Report on sanitation, dispensaries, and jails in Rajputana for 1912, and on vaccination for the year 1912-1913 - 1912-1913
Year: 1912
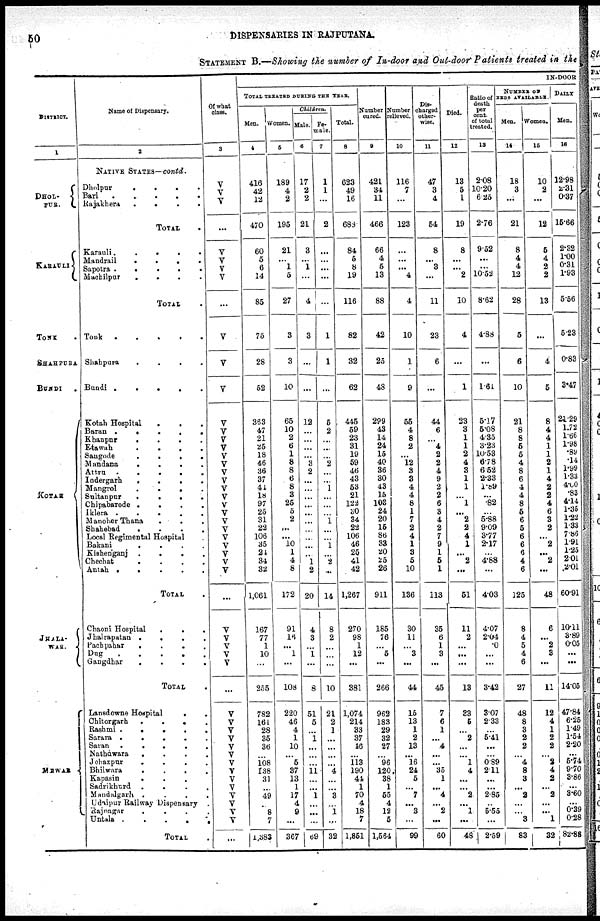
50
DISPENSARIES IN RAJPUTANA.
STATEMENT B.—Showing the number of In-door and Out-door Patients treated in the
DISTRICT.
1
DHOL-
PUR.
KARALI
TONK .
SHAHPURA
BUNDI .
KOTAH
JHALA-
WAR.
MEWAR
Name of Dispensary.
2
NATIVE STATES—contd.
Dholpur . . .
Bari . . .
Rajakhera . . .
TOTAL .
Karauli
.
.
.
.
Mandrail
.
.
.
.
Sapotra
.
.
.
.
.
Machilpur
.
.
.
.
.
TOTAL . . . .
Tonk
.
.
.
.
Shahpura
.
.
.
.
Bundi
.
.
.
.
.
Kotah Hospital . . . . .
Baran
.
.
.
.
.
Khanpur
.
.
.
.
.
Etawah
.
.
.
.
.
Sangode
.
.
.
.
.
Mandana . . . .
Attru
.
.
.
.
Indergarh
.
.
.
.
.
Mangrol
.
.
.
.
.
Sultanpur
.
.
.
.
Chipabarode
.
.
.
.
.
Iklera.
.
.
.
.
.
Manoher Thana . . . . .
Shahebad
.
.
.
.
.
.
Local Regimental Hospital .
Bakani
.
.
.
.
.
Kishenganj . . . .
Chechat
.
.
.
.
.
Antah
.
.
.
.
.
TOTAL .
Chaoni Hospital
.
.
.
.
Jhalrapatan
.
.
.
.
.
Pachpahar . . . .
Dug
.
.
.
.
Gangdhar
.
.
.
.
TOTAL .
Lansdowne Hospital . .
Chitorgarh
.
.
.
.
.
Rashmi
.
.
.
.
.
Sarara
.
.
.
.
Saran
.
.
.
.
.
Nathdwara
.
.
.
.
Jehazpur
.
.
.
.
Bhilwara
.
.
.
.
Kapasin . . . . .
Sadrikhurd
.
.
.
.
.
Mandnlgarh
.
.
.
.
Udaipur Railway Dispensary .
Rajnagar
.
.
.
.
.
Untala
.
.
.
.
TOTAL .
Of what
class.
3
V
V
V
...
V
V
V
V
...
V
V
V
V
V
V
V
V
V
V
V
V
V
V
V
V
V
V
V
V
V
V
...
V
V
V
V
V
...
V
V
V
V
V
V
V
V
V
V
V
V
V
V
...
IN-DOOR
TOTAL TREATED DURING THE YEAR.
Men.
4
416
42
12
470
60
5
6
14
85
75
28
52
363
47
21
25
18
46
36
37
44
18
97
25
31
22
106
35
24
34
32
1,061
167
77
1
10
...
255
782
161
28
35
36
...
108
138
31 ...
49
.
8
7
1,383
Women.
5
189
4
2
195
21
...
1
5
27
3
3
10
65
10
2
6
1
8
8
6
8
3
25
5
2
...
...
10
1
4
8
172
91
16
...
1
...
108
220
46
4
1
10
...
5
37
13
1
17
4
9
...
367
Children.
Male.
6
17
2
2
21
3
...
1
...
4
3
...
...
12
...
...
...
...
3
2
...
...
...
...
...
...
...
...
...
...
1
2
20
4
3
...
1
...
8
51
5
...
1
... ...
...
11
... ...
1
...
...
...
63
Fe-
male.
7
1
1
...
2
...
...
...
...
...
1
1
...
5
2
...
...
...
2
...
...
1
...
...
...
1
...
...
1
...
2
...
14
8
2
...
...
...
10
21
2
1
...
... ...
...
4
... ...
3
...
1
...
32
Total.
8
623
49
16
688
84
5
8
19
116
82
32
62
445
59
23
31
19
59
46
43
53
21
122
30
34
22
106
46
25
41
42
1,267
270
98
1
12
...
381
1,074
214
33
37
16
...
113
190
44
1
70
4
18
7
1,851
Number
cured.
9
421
34
11
466
66
4
5
13
88
42
25
48
299
43
14
24
15
40
36
30
43
15
103
24
20
15
86
33
20
25
26
911
185
76
...
5
...
266
962
183
29
32
27
...
96
120
38
1
55
4
12
5
1,564
Number
relieved.
10
116
7
...
123
...
...
...
4
4
10
1
9
55
4
8
2
...
12
3
3
4
4
8
1
7
2
4
1
3
5
10
136
30
11
...
3
...
44
15
13
1
2
13
...
16
24
5 ...
7
...
3
...
99
Dis-
charged
other-
wise.
11
47
3
4
54
8
...
3
...
11
23
6
...
44
6
...
4
2
2
4
9
2
2
6
3
4
2
7
9
1
5
1
113
35
6
1
3
...
45
7
6
1
...
4
...
...
35
1 ...
4
...
2
...
60
Died.
12
13
5
1
19
8
...
...
2
10
4
...
1
23
3
1
1
2
4
3
1
1
...
1
...
2
2
4
1
...
2
...
51
11
2
...
...
...
13
33
5
...
2
...
...
1
4
... ...
2
...
1
...
48
Ratio of
death
per
cent.
of total
treated.
13
2.08
10.20
6.25
2.76
9.52
...
...
10.52
8.62
4.88
...
1.61
5.17
5.08
4.35
3.23
10.53
6.78
6.52
2.33
1.89
...
.82
...
5.88
9.09
3.77
2.17
...
4.88
...
4.03
4.07
2.04
.0
...
...
3.42
3.07
2.33
...
5.41
... ...
0.89
2.11
... ...
2.85
...
5.55
...
2.59
NUMBER OF
BEDS AVAILABLE.
Men.
14
18
3
...
21
8
4
4
12
28
5
6
10
21
8
8
5
5
4
8
6
4
4
8
5
6
5
6
6
6
4
6
125
8
4
5
4
6
27
48
8
3
2
2 ...
4
8
3 ...
2
...
...
3
83
Women.
15
10
2
...
12
5
4
2
2
13
...
4
5
8
4
4
1
1
2
1
4
2
2
4
6
3
2
...
2
...
2
...
48
6
...
2
3
...
11
12
4
1
2
2
2
2
4
2 ...
2
...
...
1
32
DAILY
Men.
16
12.98
2.31
0.37
15.66
2.32
1.00
0.31
1.93
5.56
5.23
0.83
3.47
21.29
1.72
1.66
1.98
.89
.14
1.99
1.33
4.00
.83
4.14
1.35
1.22
1.33
7.86
1.91
1.25
2.01
2.01
60.91
10.11
3.89
0.05
...
...
14.05
47.84
6.25
1.49
1.54
2.20
...
5.74
9.70
3.86 ...
3.60
...
0.39
0.28
82.88